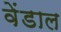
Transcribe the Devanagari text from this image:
वेंडाल